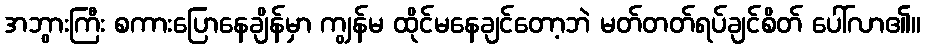
အဘွားကြီး စကားပြောနေချိန်မှာ ကျွန်မ ထိုင်မနေချင်တော့ဘဲ မတ်တတ်ရပ်ချင်စိတ် ပေါ်လာ၏။